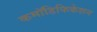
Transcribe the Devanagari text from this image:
कमॉडिफिकेशन